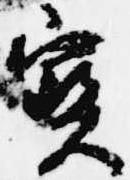
宝